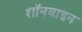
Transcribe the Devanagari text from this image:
शॉनबाइन